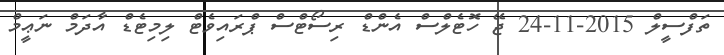
ތަފްސީލް 2015-11-24 ޖޭ ހޮޓެލްސް އެންޑް ރިސޯޓްސް ޕްރައިވެޓް ލިމިޓެޑް އާދަމް ނަޢީމް